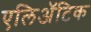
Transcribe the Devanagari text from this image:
एलिअॅटिक